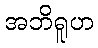
အဘိရူဟ